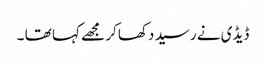
ڈیڈی نے رسید دکھا کر مجھے کہا تھا ۔